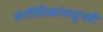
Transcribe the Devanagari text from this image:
संगीतिकांमधूनही